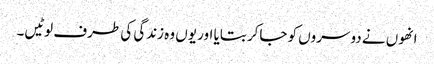
انھوں نے دوسروں کو جاکر بتایا اور یوں وہ زندگی کی طرف لوٹیں۔